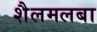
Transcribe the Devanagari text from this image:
शैलमलबा